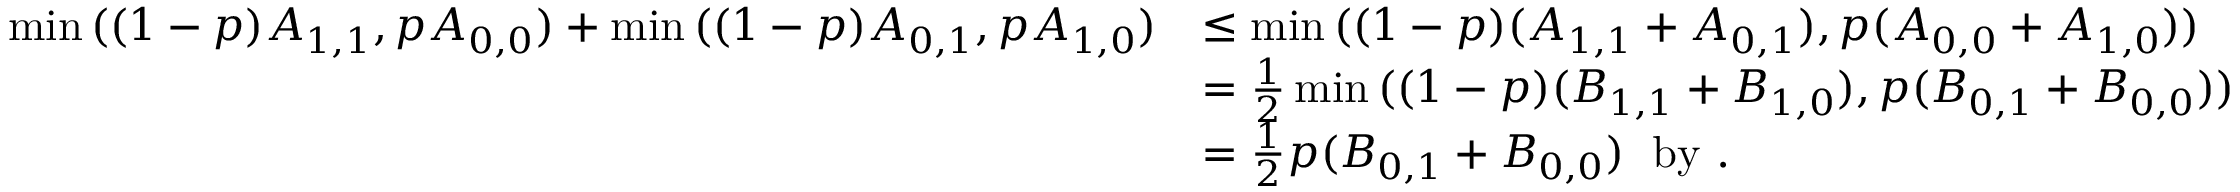
\begin{array} { r l } { \operatorname* { m i n } { ( ( 1 - p ) A _ { 1 , 1 } , p A _ { 0 , 0 } ) } + \operatorname* { m i n } { ( ( 1 - p ) A _ { 0 , 1 } , p A _ { 1 , 0 } ) } } & { \leq \operatorname* { m i n } { ( ( 1 - p ) ( A _ { 1 , 1 } + A _ { 0 , 1 } ) , p ( A _ { 0 , 0 } + A _ { 1 , 0 } ) ) } } \\ & { = \frac { 1 } { 2 } \operatorname* { m i n } { ( ( 1 - p ) ( B _ { 1 , 1 } + B _ { 1 , 0 } ) , p ( B _ { 0 , 1 } + B _ { 0 , 0 } ) ) } } \\ & { = \frac { 1 } { 2 } p ( B _ { 0 , 1 } + B _ { 0 , 0 } ) \; \mathrm { ~ b y ~ } . } \end{array}